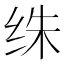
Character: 𰬏